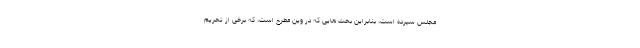
مجلس سپرده است، بنابراین بحث هایی که در وین مطرح است، که برخی از تحریم